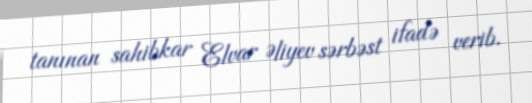
tanınan sahibkar Elvar Əliyev sərbəst ifadə verib.